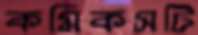
কমিকসটি